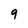
Character: 9